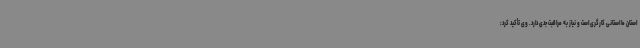
استان ما استانی کارگری است و نیاز به مراقبت جدی دارد. وی تأکید کرد: